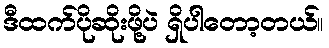
ဒီထက်ပိုဆိုးဖို့ပဲ ရှိပါတော့တယ်။